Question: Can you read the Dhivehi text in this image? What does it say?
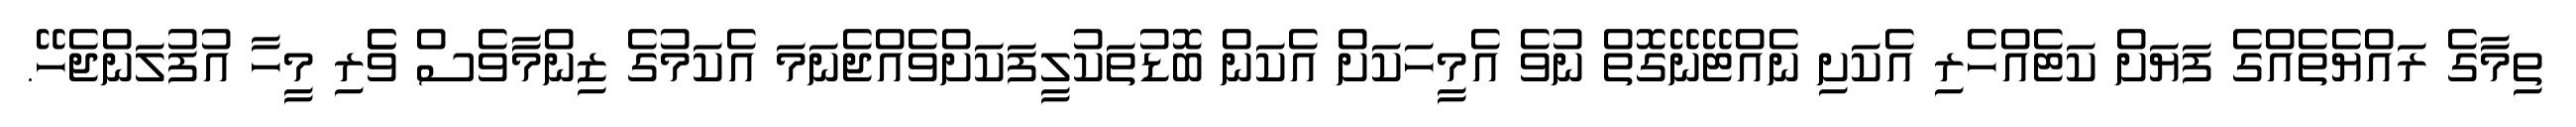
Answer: ތިމާގެ ރައްޔެތެއްގެ ފަޔަށް ކަޓެއްހެރި އެކަށި ނެއްޓޭނޭގޮތް ނުވެ އެމީހަކަށް އެކަން ބޮޑުތަކުލީފަކަށްވެއްޖެނަމަ އެކަމުގެ ޒިންމާވެސް ވެެރި މީހާ އުފުލަންޖެހޭ.